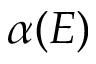
\alpha ( E )